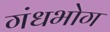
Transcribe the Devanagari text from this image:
गंधभोग